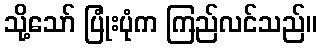
သို့သော် ပြုံးပုံက ကြည်လင်သည်။